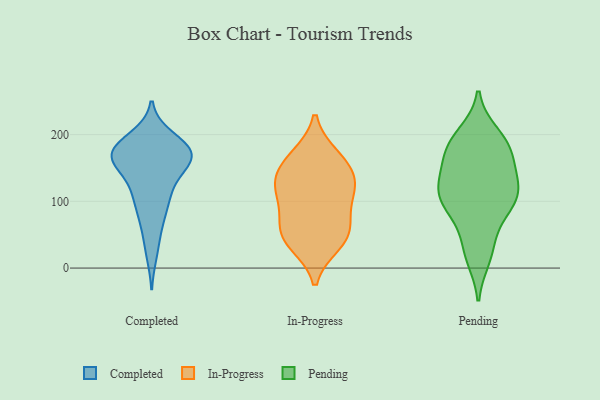
{"axis": {"x": "Net Income (USD K)", "y": "Value"}, "legend": ["Completed", "In-Progress", "Pending"], "data": [{"x": "", "y": 162, "type": "Completed"}, {"x": "", "y": 116, "type": "Completed"}, {"x": "", "y": 175, "type": "Completed"}, {"x": "", "y": 112, "type": "Completed"}, {"x": "", "y": 54, "type": "Completed"}, {"x": "", "y": 196, "type": "Completed"}, {"x": "", "y": 166, "type": "Completed"}, {"x": "", "y": 175, "type": "Completed"}, {"x": "", "y": 190, "type": "Completed"}, {"x": "", "y": 174, "type": "Completed"}, {"x": "", "y": 22, "type": "Completed"}, {"x": "", "y": 153, "type": "Completed"}, {"x": "", "y": 179, "type": "Completed"}, {"x": "", "y": 156, "type": "Completed"}, {"x": "", "y": 88, "type": "Completed"}, {"x": "", "y": 121, "type": "Completed"}, {"x": "", "y": 161, "type": "Completed"}, {"x": "", "y": 172, "type": "Completed"}, {"x": "", "y": 82, "type": "Completed"}, {"x": "", "y": 60, "type": "In-Progress"}, {"x": "", "y": 124, "type": "In-Progress"}, {"x": "", "y": 41, "type": "In-Progress"}, {"x": "", "y": 142, "type": "In-Progress"}, {"x": "", "y": 106, "type": "In-Progress"}, {"x": "", "y": 168, "type": "In-Progress"}, {"x": "", "y": 77, "type": "In-Progress"}, {"x": "", "y": 36, "type": "In-Progress"}, {"x": "", "y": 165, "type": "In-Progress"}, {"x": "", "y": 135, "type": "In-Progress"}, {"x": "", "y": 113, "type": "In-Progress"}, {"x": "", "y": 51, "type": "In-Progress"}, {"x": "", "y": 172, "type": "Pending"}, {"x": "", "y": 110, "type": "Pending"}, {"x": "", "y": 127, "type": "Pending"}, {"x": "", "y": 125, "type": "Pending"}, {"x": "", "y": 76, "type": "Pending"}, {"x": "", "y": 200, "type": "Pending"}, {"x": "", "y": 90, "type": "Pending"}, {"x": "", "y": 37, "type": "Pending"}, {"x": "", "y": 23, "type": "Pending"}, {"x": "", "y": 104, "type": "Pending"}, {"x": "", "y": 172, "type": "Pending"}, {"x": "", "y": 93, "type": "Pending"}, {"x": "", "y": 109, "type": "Pending"}, {"x": "", "y": 119, "type": "Pending"}, {"x": "", "y": 192, "type": "Pending"}, {"x": "", "y": 192, "type": "Pending"}, {"x": "", "y": 170, "type": "Pending"}, {"x": "", "y": 132, "type": "Pending"}, {"x": "", "y": 16, "type": "Pending"}, {"x": "", "y": 168, "type": "Pending"}]}